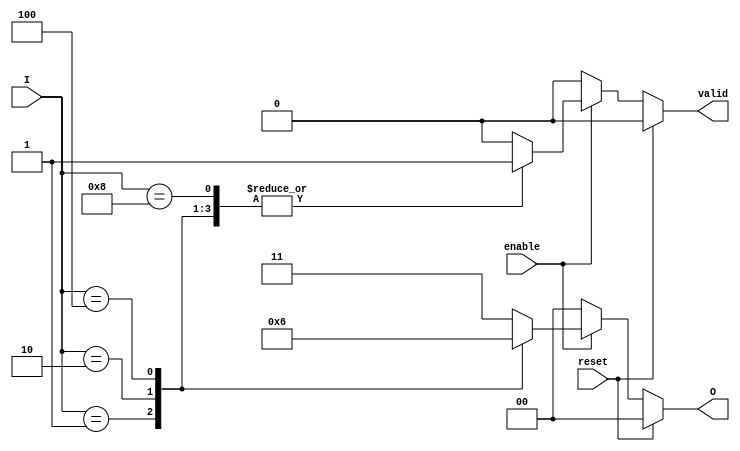
module relative_encoder (
    input wire [3:0] I,         // 4 input lines
    input wire enable,          // Enable signal
    input wire reset,           // Synchronous reset signal
    output reg [1:0] O,         // 2-bit output for encoding
    output reg valid            // Valid signal to indicate if the output is valid
);

// Priority encoding logic
always @(*) begin
    if (reset) begin
        O = 2'b00;              // Reset output to default state
        valid = 1'b0;          // Default valid state
    end else if (!enable) begin
        O = 2'b00;              // If not enabled, output default state
        valid = 1'b0;          // Default valid state
    end else begin
        case (I)
            4'b0001: begin O = 2'b00; valid = 1'b1; end // I0 active
            4'b0010: begin O = 2'b01; valid = 1'b1; end // I1 active
            4'b0100: begin O = 2'b10; valid = 1'b1; end // I2 active
            4'b1000: begin O = 2'b11; valid = 1'b1; end // I3 active
            4'b1111: begin O = 2'b11; valid = 1'b0; end // Invalid state (multiple active)
            default: begin O = 2'b11; valid = 1'b0; end // Invalid state (multiple active)
        endcase
    end
end

endmodule